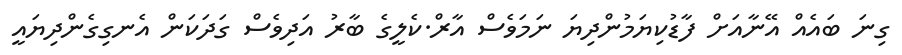
ގިނަ ބައެއް އޭނާއަށް ފާޑުކިޔަމުންދިޔަ ނަމަވެސް އާރް.ކެލީގެ ބާރު އަދިވެސް ގަދަކަން އެނގިގެންދިޔައީ